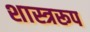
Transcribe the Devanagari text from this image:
शास्त्ररूप